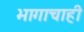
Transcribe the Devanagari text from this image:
भागाचाही